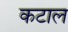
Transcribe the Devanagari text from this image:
कटाल